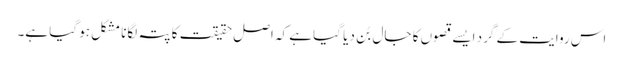
اس روایت کے گرد ایسے قصوں کا جال بُن دیا گیا ہے کہ اصل حقیقت کا پتہ لگانا مشکل ہو گیا ہے۔